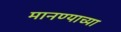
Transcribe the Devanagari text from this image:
मानण्याच्या